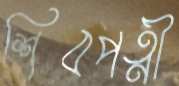
শিবপত্নী